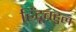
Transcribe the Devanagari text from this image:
हिंदूबहुल